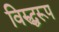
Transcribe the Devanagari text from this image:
विरुद्धरूप